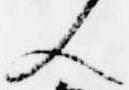
人